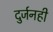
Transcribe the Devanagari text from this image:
दुर्जनही